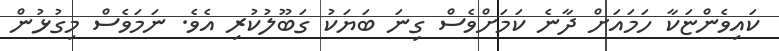
ކައިވެންޏަކާ ހަމައަށް ދާނެ ކަމަށްވެސް ގިނަ ބަޔަކު ގަބޫލުކުރި އެވެ. ނަމަވެސް މިގުޅުން